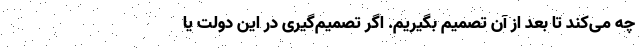
چه می‌کند تا بعد از آن تصمیم بگیریم. اگر تصمیم‌گیری در این دولت یا